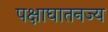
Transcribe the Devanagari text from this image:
पक्षाघातनज्य